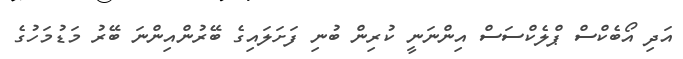
އަދި އޯބެކްސް ޕްލެކްސަސް އިންނަނީ ކުރިން ބުނި ފަށަލައިގެ ބޭރުންއިންނަ ބޭރު މަޑުމަހުގެ